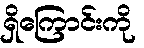
ရှိကြောင်းကို